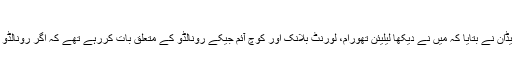
(رونالڈو(فرانس 1998
ورلڈ کپ 1998کے فائنل کی صبح ہونے والی گفتگو کےمتعلق زیڈان نے بتایا کہ میں نے دیکھا لیلیئن تھورام، لورنٹ بلانک اور کوچ آئم جیکے رونالڈو کے متعلق بات کررہے تھے کہ اگر رونالڈو اس اس طرح سے کھیلا تو ہمیں اُسے اس طریقے سے روکنا ہوگا۔